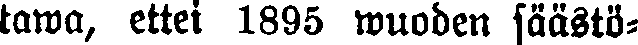
tawa, ettei 1895 wuoden säästö-